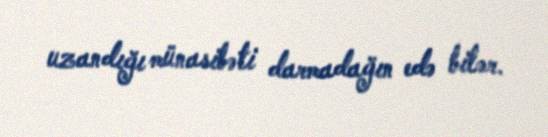
uzandığı münasibəti darmadağın edə bilər.